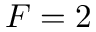
F = 2